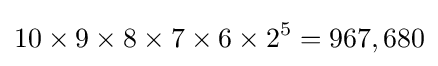
10\times 9\times 8\times 7\times 6\times 2^{5}=967,680